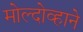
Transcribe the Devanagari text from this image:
मोल्दोव्हाने